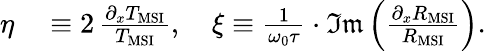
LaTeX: \begin{array}{rl}{\eta}&{{}\equiv 2\, \frac{\partial_{x}T_{\mathrm{MSI}}}{T_{\mathrm{MSI}}},\quad\xi\equiv\frac{1}{\omega_{0}\tau}\cdot\mathfrak{Im}\left(\frac{\partial_{x}R_{\mathrm{MSI}}}{R_{\mathrm{MSI}}}\right).}\end{array}